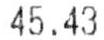
45.43